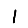
Digit: 1